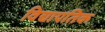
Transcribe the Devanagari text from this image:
विद्यापतिक